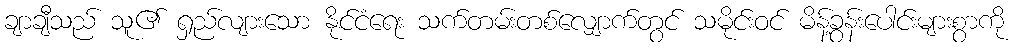
ချာချီသည် သူ၏ ရှည်လျားသော နိုင်ငံရေး သက်တမ်းတစ်လျှောက်တွင် သမိုင်းဝင် မိန့်ခွန်းပေါင်းများစွာကို